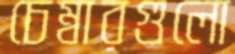
চেম্বারগুলো